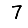
Digit: 7